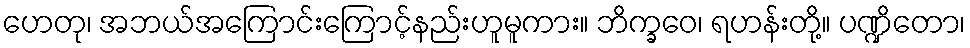
ဟေတု၊ အဘယ်အကြောင်းကြောင့်နည်းဟူမူကား။ ဘိက္ခဝေ၊ ရဟန်းတို့။ ပဏ္ဍိတော၊